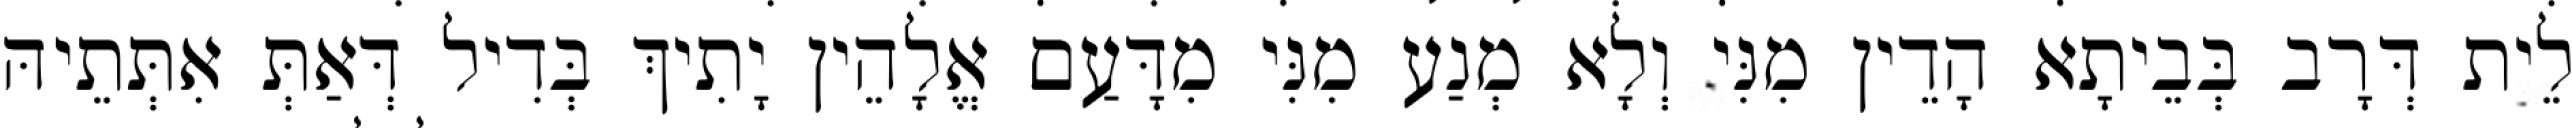
לֵית דְּרָב בְּבֵיתָא הָדֵין מִנִּי וְלָא מְנַע מִנִּי מִדָּעַם אֱלָהֵין יָתִיךְ בְּדִיל דְּאַתְּ אִתְּתֵיהּ